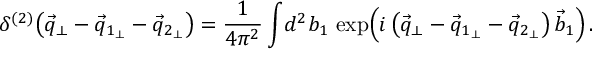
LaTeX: \delta ^ { ( 2 ) } \! \left( \vec { q } _ { \perp } - \vec { q } _ { 1 _ { \perp } } - \vec { q } _ { 2 _ { \perp } } \right) = \frac { 1 } { 4 \pi ^ { 2 } } \int \! d ^ { 2 } b _ { 1 } \, \exp \! \left( i \left( \vec { q } _ { \perp } - \vec { q } _ { 1 _ { \perp } } - \vec { q } _ { 2 _ { \perp } } \right) \vec { b } _ { 1 } \right) .